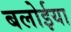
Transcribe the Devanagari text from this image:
बलोईया